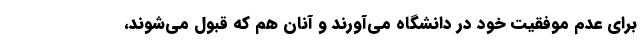
برای عدم موفقیت خود در دانشگاه می‌آورند و آنان هم که قبول می‌شوند،